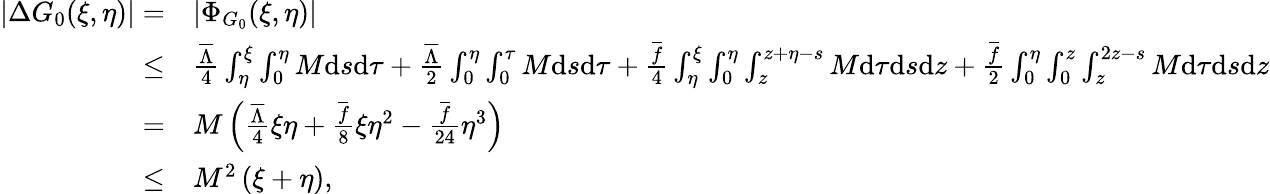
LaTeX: \begin{array}{rl}{\left|\Delta G_{0}(\xi,\eta)\right|=}&{\left|\Phi_{G_{0}}(\xi,\eta)\right|}\\ {\leq}&{\frac{{{{\overline{{\Lambda}}}}}}{4}\int_{\eta}^{\xi}\int_{0}^{\eta}M\mathrm{d}s\mathrm{d}\tau+{\frac{{{{\overline{{\Lambda}}}}}}{2}}\int_{0}^{\eta}\int_{0}^{\tau}M\mathrm{d}s\mathrm{d}\tau+\frac{\overline{{f}}}{4}\int_{\eta}^{\xi}\int_{0}^{\eta}\int_{z}^{z+\eta-s}M\mathrm{d}\tau\mathrm{d}s\mathrm{d}z+\frac{\overline{{f}}}{2}\int_{0}^{\eta}\int_{0}^{z}\int_{z}^{2z-s}M\mathrm{d}\tau\mathrm{d}s\mathrm{d}z}\\ {=}&{{M\left(\frac{{{{\overline{{\Lambda}}}}}}{4}\xi\eta+\frac{{\overline{{f}}}}{8}\xi\eta^{2}-\frac{{\overline{{f}}}}{24}\eta^{3}\right)}}\\ {\leq}&{{M^{2}\left(\xi+\eta\right),}}\end{array}